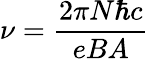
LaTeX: \nu={\frac{2\pi N\hbar c}{eBA}}